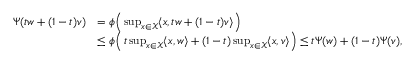
\begin{array} { r l } { \Psi ( t w + ( 1 - t ) v ) } & { = \phi \Bigl ( \, \operatorname* { s u p } _ { x \in \mathcal { X } } \langle x , t w + ( 1 - t ) v \rangle \Bigr ) } \\ & { \le \phi \Bigl ( \, t \operatorname* { s u p } _ { x \in \mathcal { X } } \langle x , w \rangle + ( 1 - t ) \operatorname* { s u p } _ { x \in \mathcal { X } } \langle x , v \rangle \Bigr ) \le t \Psi ( w ) + ( 1 - t ) \Psi ( v ) , } \end{array}